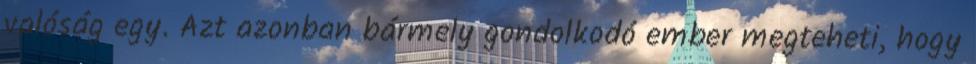
valóság egy. Azt azonban bármely gondolkodó ember megteheti, hogy